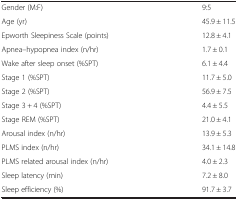
|  |  |
 | --- | --- |
 | Gender (M:F) | 9:5 |
 | Age (yr) | 45.9 ± 11.5 |
 | Epworth Sleepiness Scale (points) | 12.8 ± 4.1 |
 | Apnea–hypopnea index (n/hr) | 1.7 ± 0.1 |
 | Wake after sleep onset (%SPT) | 6.1 ± 4.4 |
 | Stage 1 (%SPT) | 11.7 ± 5.0 |
 | Stage 2 (%SPT) | 56.9 ± 7.5 |
 | Stage 3 + 4 (%SPT) | 4.4 ± 5.5 |
 | Stage REM (%SPT) | 21.0 ± 4.1 |
 | Arousal index (n/hr) | 13.9 ± 5.3 |
 | PLMS index (n/hr) | 34.1 ± 14.8 |
 | PLMS related arousal index (n/hr) | 4.0 ± 2.3 |
 | Sleep latency (min) | 7.2 ± 8.0 |
 | Sleep efficiency (%) | 91.7 ± 3.7 |